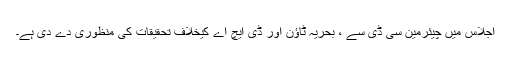
اجلاس میں چیئرمین سی ڈی سے ، بحریہ ٹاؤن اور ڈی ایچ اے کیخلاف تحقیقات کی منظوری دے دی ہے۔